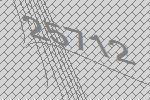
25712